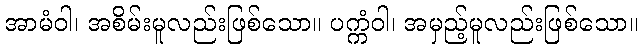
အာမံဝါ၊ အစိမ်းမူလည်းဖြစ်သော။ ပက္ကံဝါ၊ အမှည့်မူလည်းဖြစ်သော။